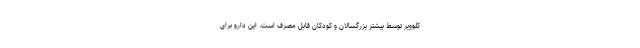
کلوویر توسط بیشتر بزرگسالان و کودکان قابل مصرف است. این دارو برای